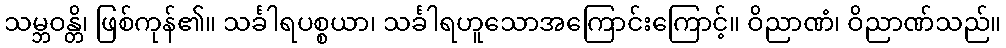
သမ္ဘဝန္တိ၊ ဖြစ်ကုန်၏။ သင်္ခါရပစ္စယာ၊ သင်္ခါရဟူသောအကြောင်းကြောင့်။ ဝိညာဏံ၊ ဝိညာဏ်သည်။